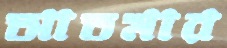
আতমার